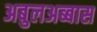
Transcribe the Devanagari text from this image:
अबुलअब्बास